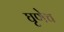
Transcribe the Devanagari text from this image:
घृणेच